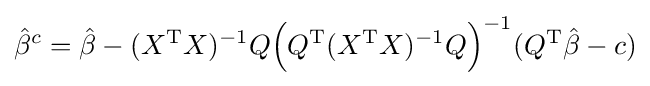
{\hat {\beta }}^{c}={\hat {\beta }}-(X^{\operatorname {T} }X)^{-1}Q{\Big (}Q^{\operatorname {T} }(X^{\operatorname {T} }X)^{-1}Q{\Big )}^{-1}(Q^{\operatorname {T} }{\hat {\beta }}-c)